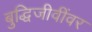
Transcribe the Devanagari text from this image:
बुद्धिजीवींवर